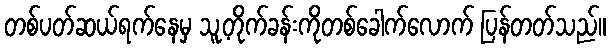
တစ်ပတ်ဆယ်ရက်နေမှ သူ့တိုက်ခန်းကိုတစ်ခေါက်လောက် ပြန်တတ်သည်။